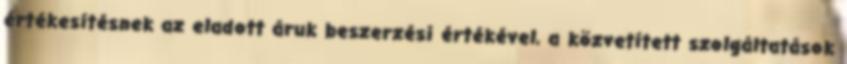
értékesítésnek az eladott áruk beszerzési értékével, a közvetített szolgáltatások